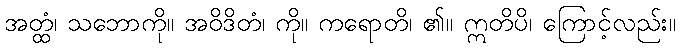
အတ္ထံ၊ သဘောကို။ အဝိဒိတံ၊ ကို။ ကရောတိ၊ ၏။ ဣတိပိ၊ ကြောင့်လည်း။